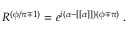
{ \cal R } ^ { ( \phi / \pi \mp 1 ) } = e ^ { i ( \alpha - [ [ \alpha ] ] ) ( \phi \mp \pi ) } \; .